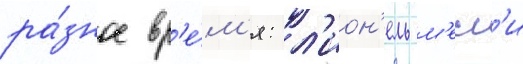
ра́зное вр'е́м'я: л'ион'ель м'есс'и